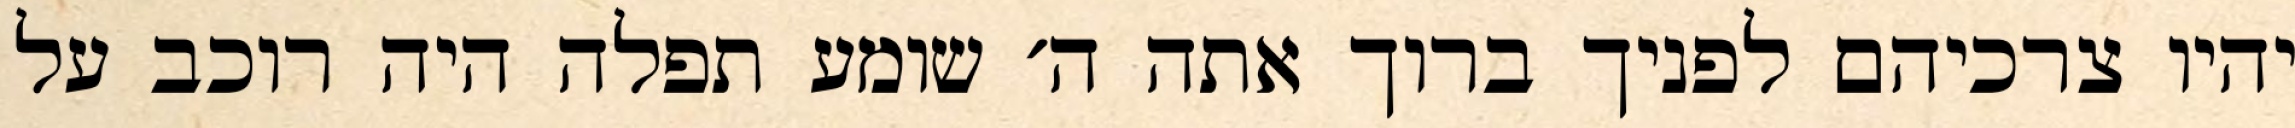
יהיו צרכיהם לפניך ברוך אתה ה׳ שומע תפלה היה רוכב על